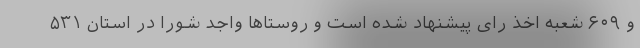
و ۶۰۹ شعبه اخذ رای پیشنهاد شده است و روستاها واجد شورا در استان ۵۳۱